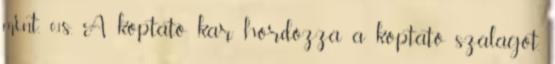
mint, 0,1s. A koptató kar hordozza a koptató szalagot,